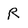
Character: R